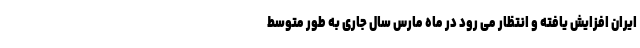
ایران افزایش یافته و انتظار می رود در ماه مارس سال جاری به طور متوسط